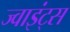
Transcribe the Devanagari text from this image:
ज्वाइंट्स